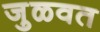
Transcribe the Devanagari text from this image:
जुळवत